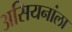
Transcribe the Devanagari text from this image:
असियनांला